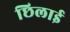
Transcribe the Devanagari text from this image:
छिलाई